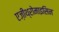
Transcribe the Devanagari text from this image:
एज़ीथ्रोमाइसिन